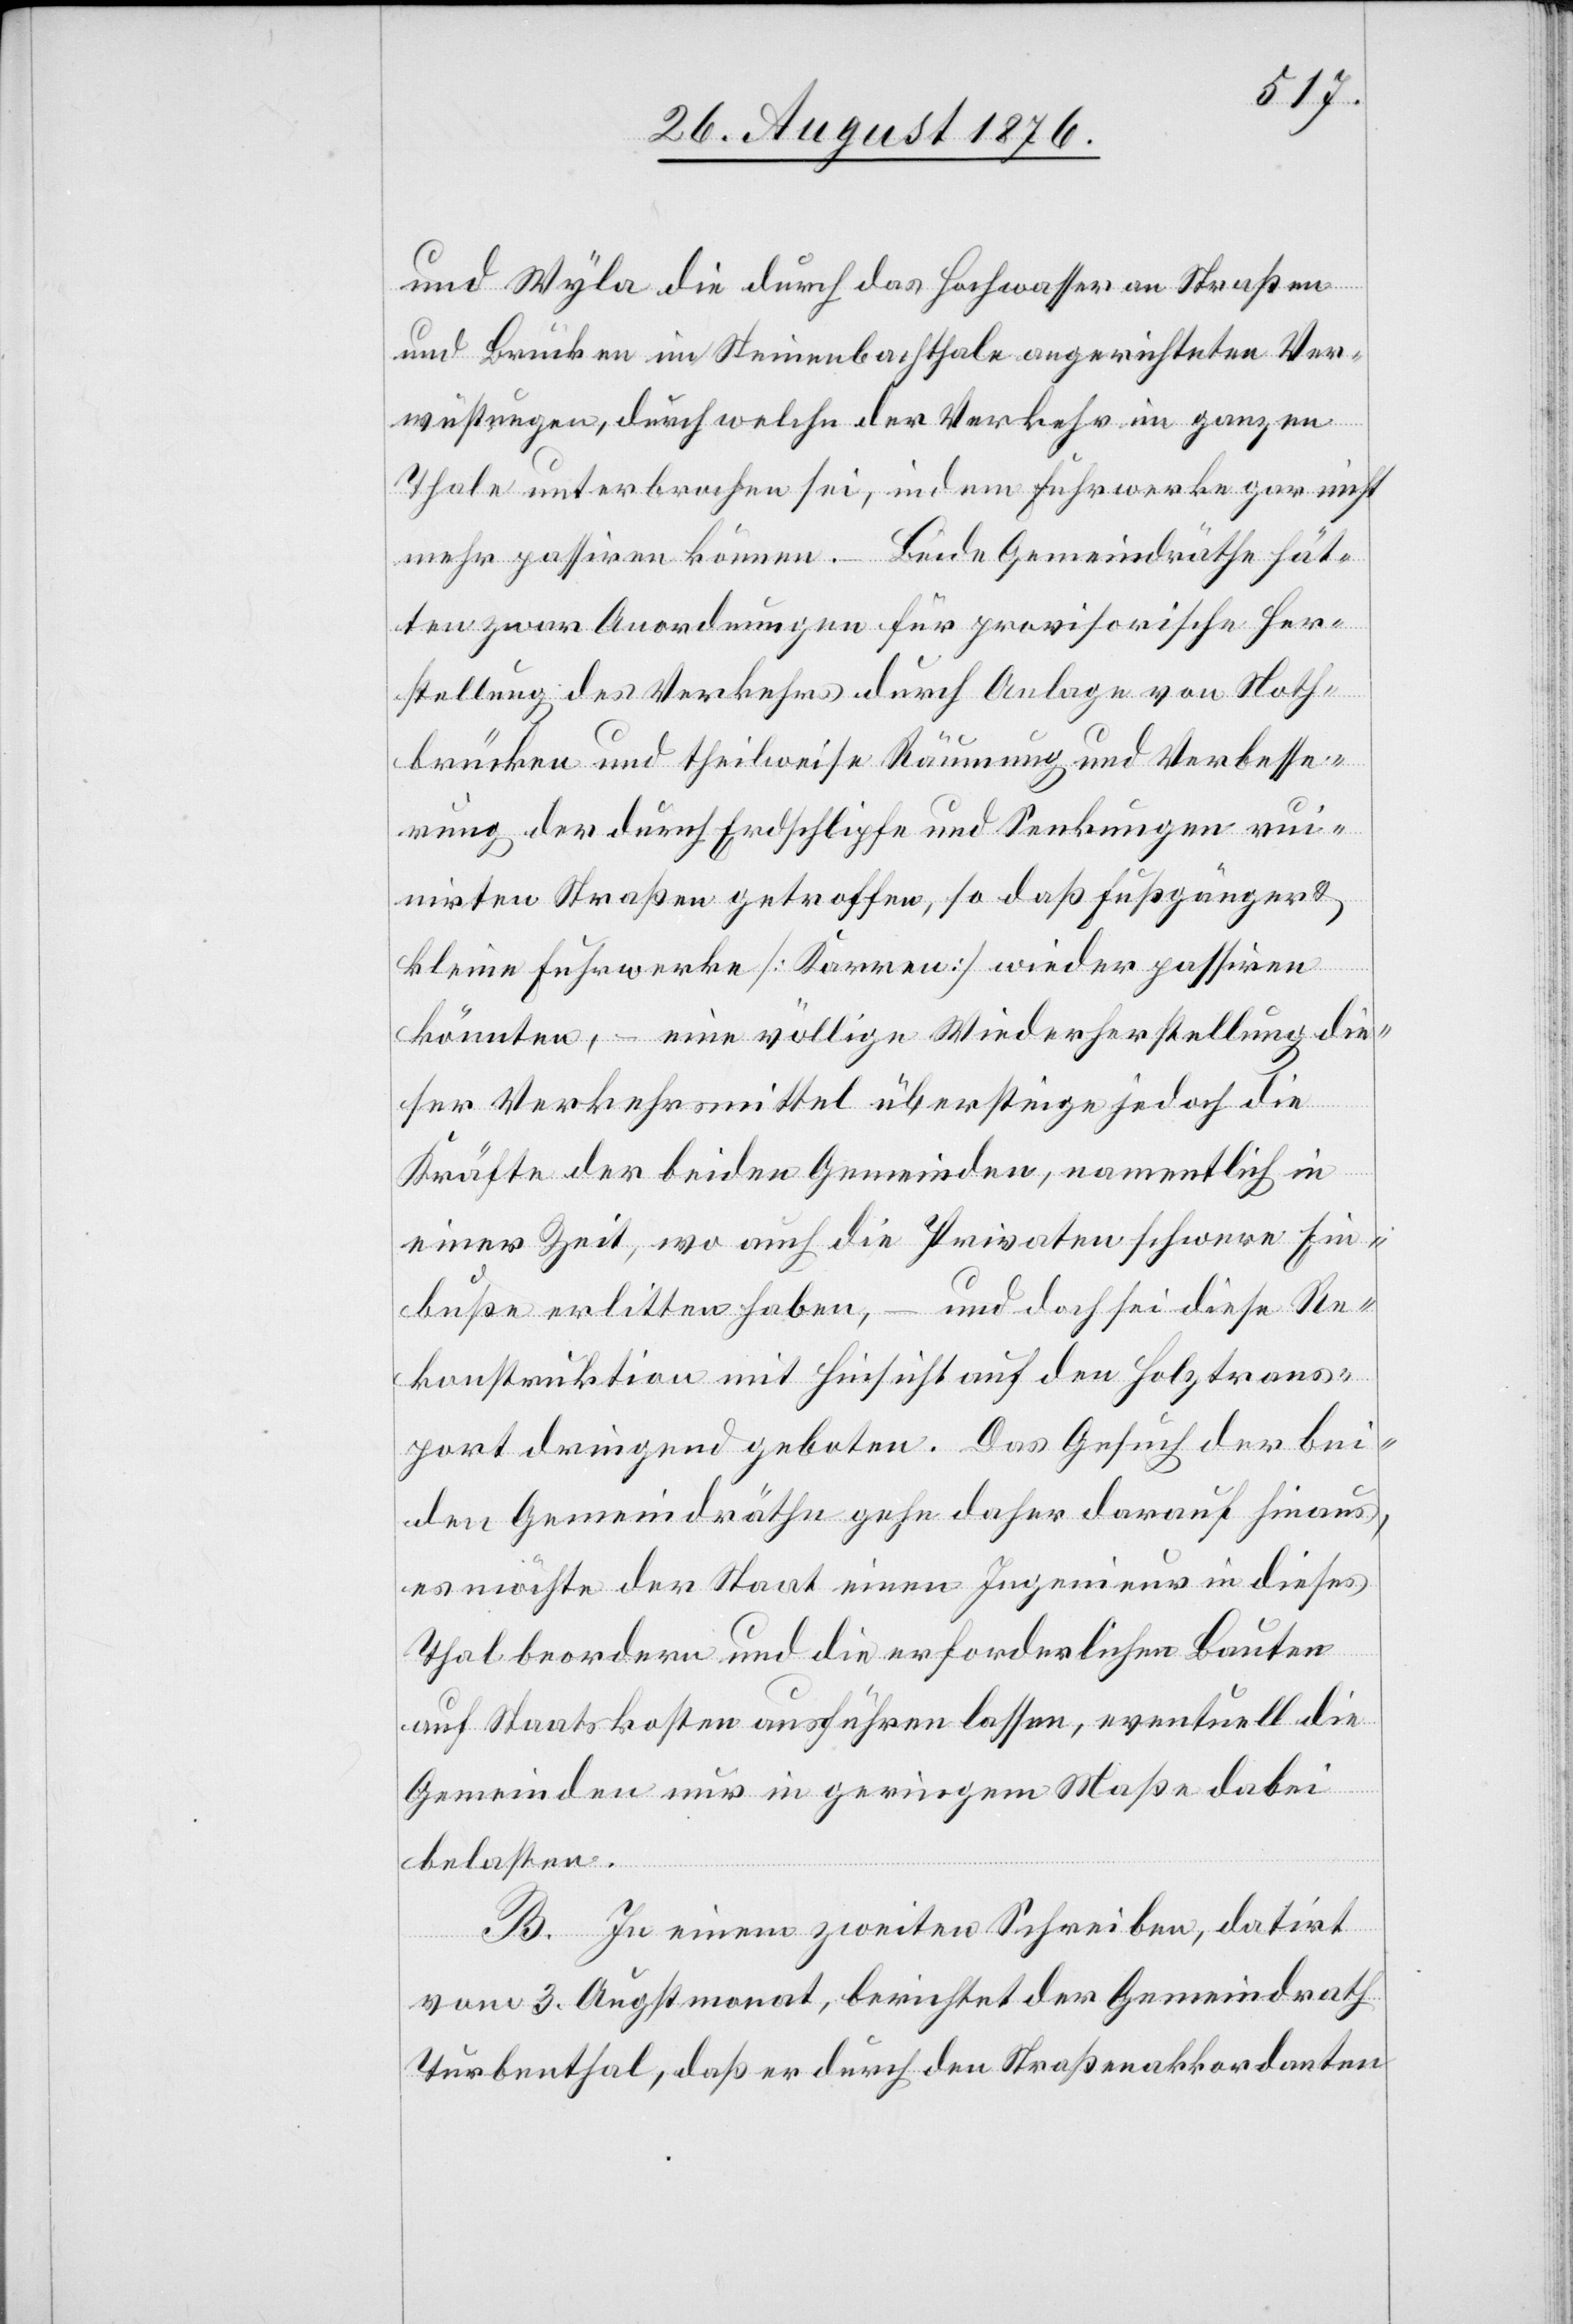
und Wyla die durch Hochwasser an Straßen
und Brücken im Steinenbachthale angerichteten Ver¬
wüstungen, durch welche der Verkehr im ganzen
Thale unterbrochen sei, indem Fuhrwerke gar nicht
mehr passiren können. – Beide Gemeindräthe hät¬
ten zwar Anordnungen für provisorische Her¬
stellung des Verkehrs durch Anlage von Noth¬
brücken und theilweise Räumung und Verbesse¬
rung der durch Erdschlipfe und Senkungen rui¬
nirten Straßen getroffen, so daß Fußgänger &
kleine Fuhrwerke [Karren] wieder passiren
könnten, – eine völlige Wiederherstellung die¬
ser Verkehrsmittel übersteige jedoch die
Kräfte der beiden Gemeinden, namentlich in
einer Zeit, wo auch die Privaten schwere Ein¬
buße erlitten haben, – und doch sei diese Re¬
konstruktion mit Hinsicht auf den Holztrans¬
port dringend geboten. Das Gesuch der bei¬
den Gemeindräthe gehe daher darauf hinaus,
es möchte der Staat einen Ingenieur in dieses
Thal beordern und die erforderlichen Bauten
auf Staatskosten ausführen lassen, eventuell die
Gemeinden nur in geringem Maße dabei
belasten.
B. In einem zweiten Schreiben, datirt
vom 3. Augstmonat, berichtet der Gemeindrath
Turbenthal, daß er durch den Straßenakkordanten